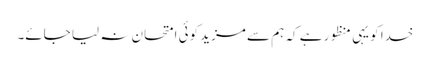
خدا کو یہی منظور ہے کہ ہم سے مزید کوئی امتحان نہ لیا جائے۔